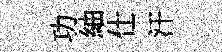
功紬仕汗